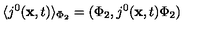
\langle j ^ { 0 } ( { \bf x } , t ) \rangle _ { \Phi _ { 2 } } = ( \Phi _ { 2 } , j ^ { 0 } ( { \bf x } , t ) \Phi _ { 2 } )